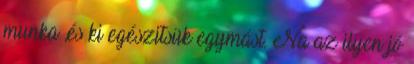
munka ,és ki egészitsük egymást. Na az ilyen jó